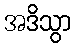
အဒိသွာ